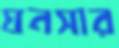
ঘনসার